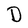
Character: D